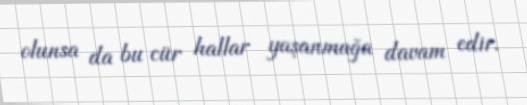
olunsa da bu cür hallar yaşanmağa davam edir.